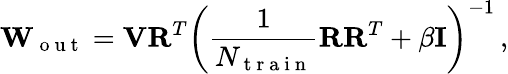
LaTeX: \mathbf{W}_{\mathrm{~o~u~t~}}=\mathbf{V}\mathbf{R}^{T}\left(\frac{1}{N_{\mathrm{~t~r~a~i~n~}}}\mathbf{R}\mathbf{R}^{T}+\beta\mathbf{I}\right)^{-1}\, ,